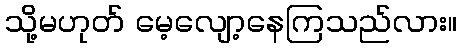
သို့မဟုတ် မေ့လျော့နေကြသည်လား။